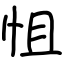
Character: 怚